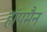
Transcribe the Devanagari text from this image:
हॉपमैन